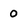
Character: 0